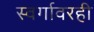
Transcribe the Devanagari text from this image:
स्वर्गावरही